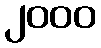
၂၀၀၀